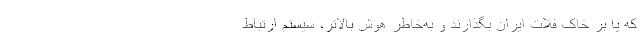
که پا بر خاک فلات ایران بگذارند و به‌خاطر هوش بالاتر، سیستم ارتباط